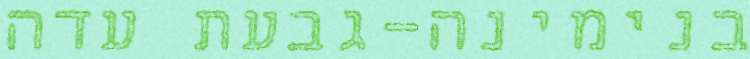
בנימינה-גבעת עדה